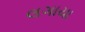
લગાયા